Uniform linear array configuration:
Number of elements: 16
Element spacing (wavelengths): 0.25
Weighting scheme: hann
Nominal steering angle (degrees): -45
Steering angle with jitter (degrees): -46.629
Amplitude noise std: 0.05
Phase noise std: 0.05

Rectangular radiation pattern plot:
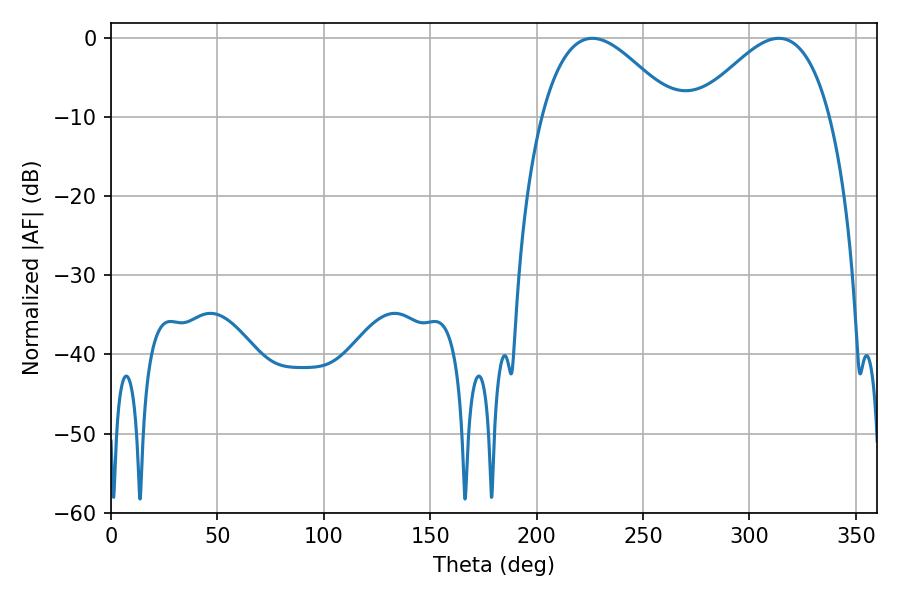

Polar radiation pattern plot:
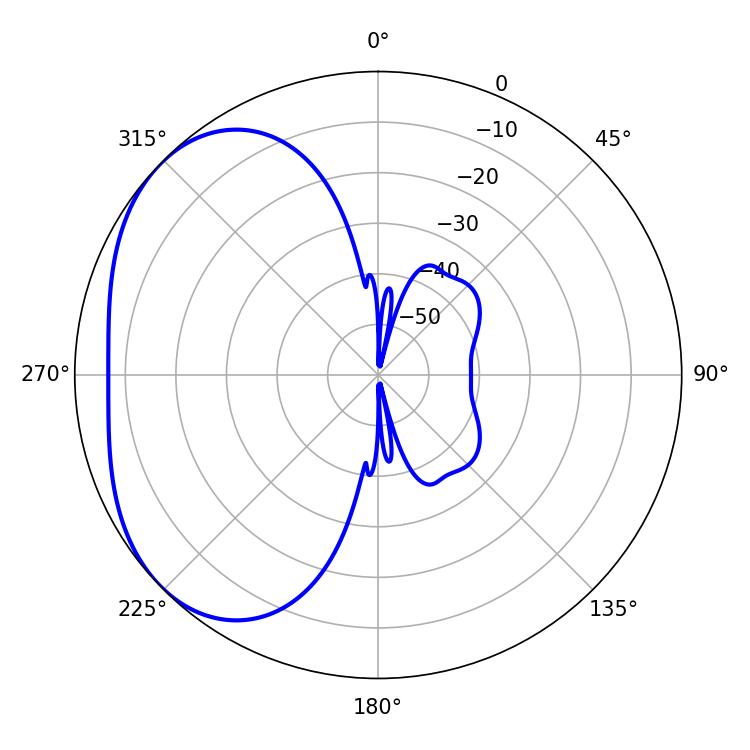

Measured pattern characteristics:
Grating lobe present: FALSE
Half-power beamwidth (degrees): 33.84
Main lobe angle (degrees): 226.26